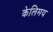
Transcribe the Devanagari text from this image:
केलिमय